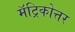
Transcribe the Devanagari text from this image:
मॅट्रिकोत्तर